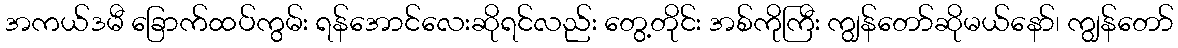
အကယ်ဒမီ ခြောက်ထပ်ကွမ်း ရန်အောင်လေးဆိုရင်လည်း တွေ့တိုင်း အစ်ကိုကြီး ကျွန်တော်ဆိုမယ်နော်၊ ကျွန်တော်